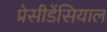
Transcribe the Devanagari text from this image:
प्रेसीडेंसियाल